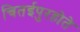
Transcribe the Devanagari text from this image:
चितईपुरहोते